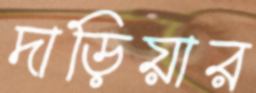
দাড়িয়ার